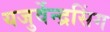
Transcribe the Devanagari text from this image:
यजुर्वेन्द्रसिंग